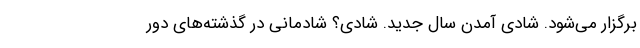
برگزار می‌شود. شادی آمدن سال جدید. شادی؟ شادمانی در گذشته‌های دور